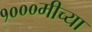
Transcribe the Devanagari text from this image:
१०००मीच्या